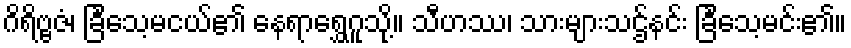
ဂိရိဗ္ဗဇံ၊ ခြင်္သေ့မငယ်၏ နေရာရွှေဂူသို့။ သီဟဿ၊ သားများသဌ်နင်း ခြင်္သေ့မင်း၏။